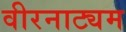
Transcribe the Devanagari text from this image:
वीरनाट्यम